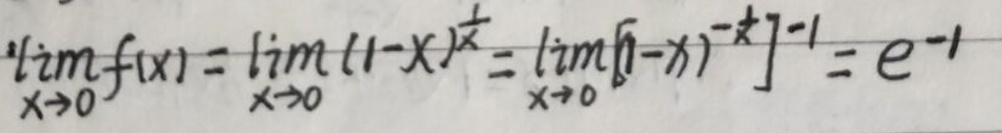
\lim_{x \to 0} f(x)=\lim_{x \to 0} (1 - x)^{\frac{1}{x}}=\lim_{x \to 0} [(1 - x)^{-\frac{1}{x}}]^{-1}=e^{-1}